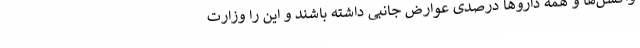
واکسن‌ها و همه داروها درصدی عوارض جانبی داشته باشند و این را وزارت